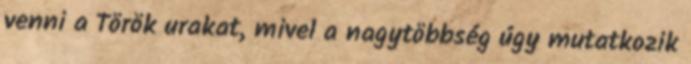
venni a Török urakat, mivel a nagytöbbség úgy mutatkozik